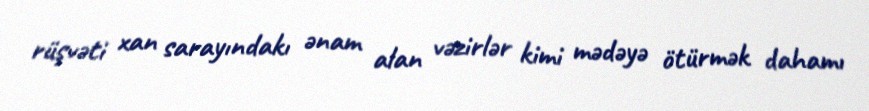
rüşvəti xan sarayındakı ənam alan vəzirlər kimi mədəyə ötürmək dahamı